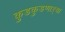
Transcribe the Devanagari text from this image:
कुडकुडणाऱ्या